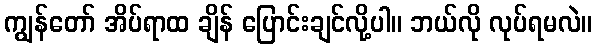
ကျွန်တော် အိပ်ရာထ ချိန် ပြောင်းချင်လို့ပါ။ ဘယ်လို လုပ်ရမလဲ။